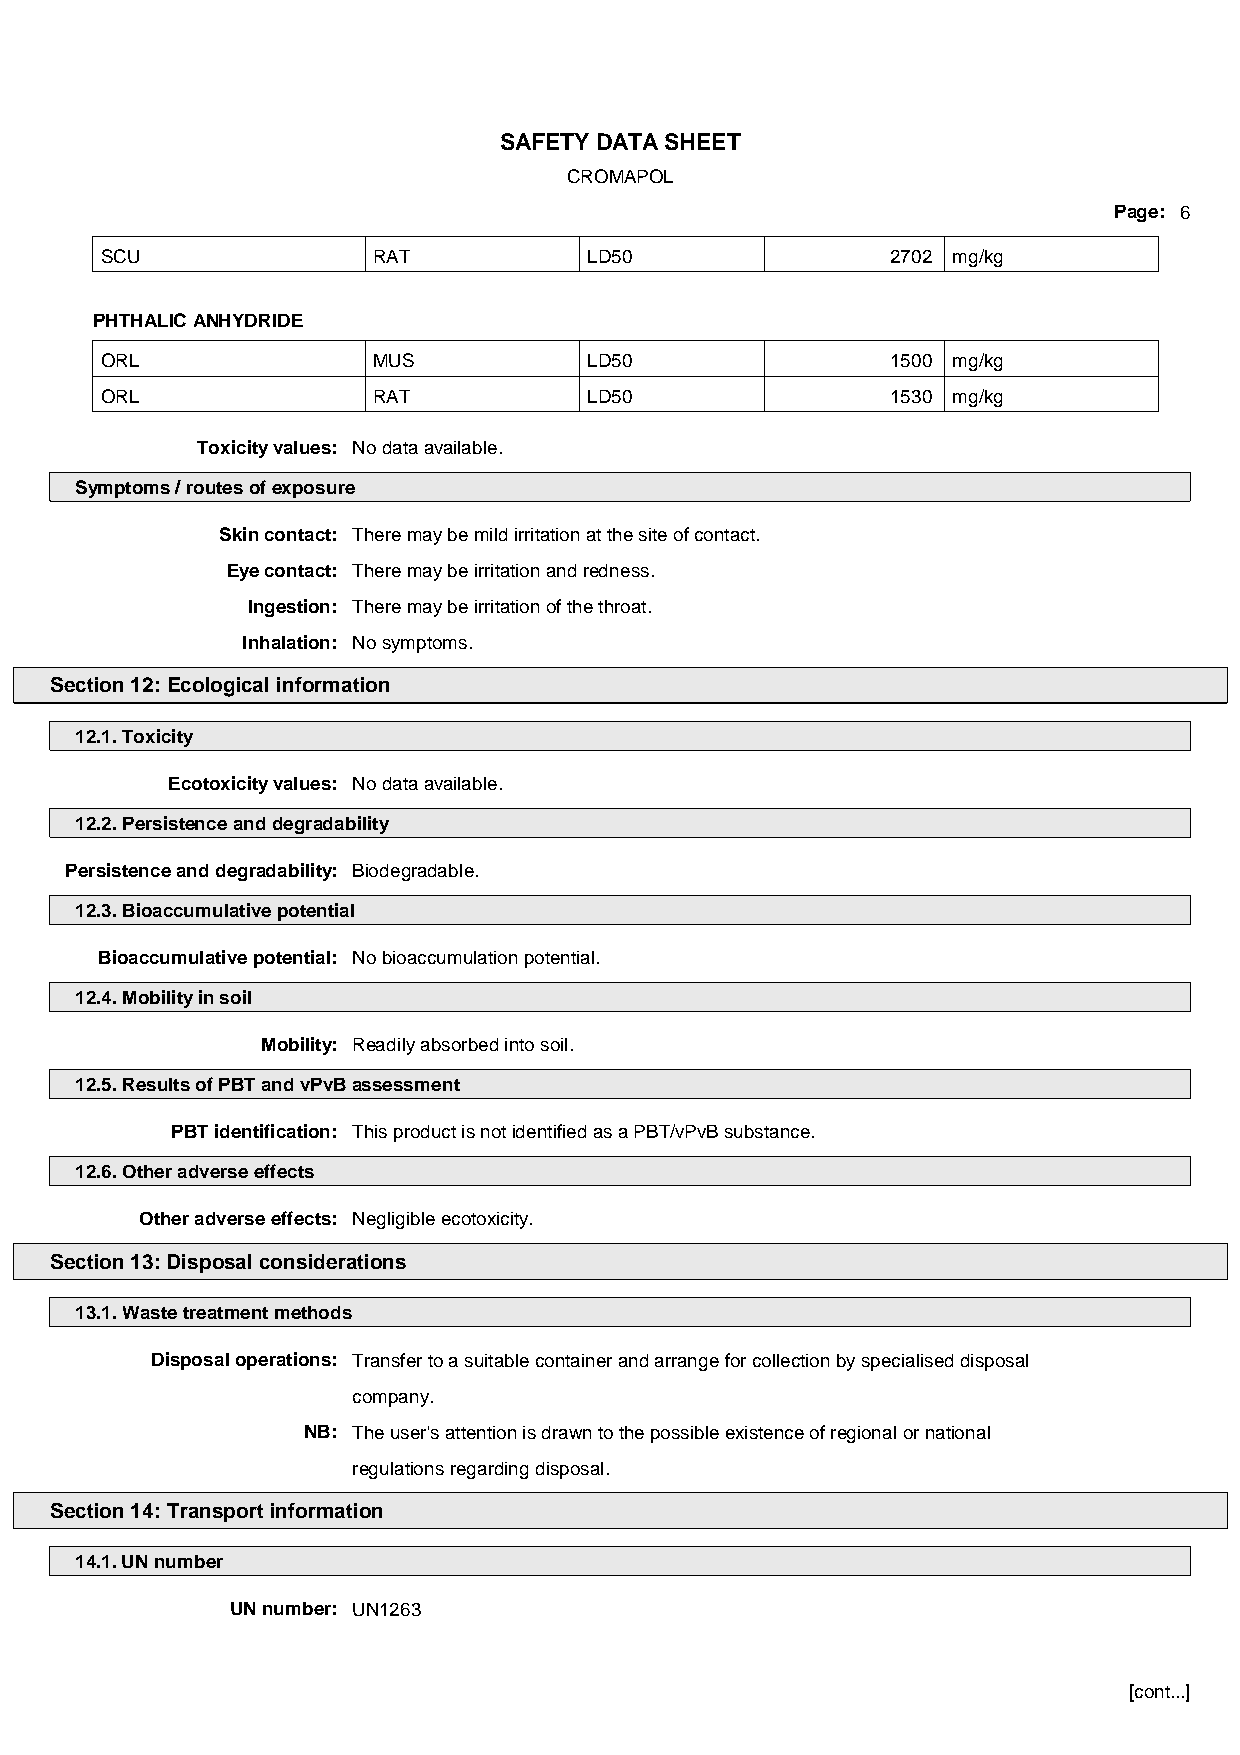
SAFETY DATA SHEET
 CROMAPOL
 Page: 6
 SCU               RAT           LD50                2702 mg/kg
 PHTHALIC ANHYDRIDE
 ORL               MUS           LD50                1500 mg/kg
 ORL               RAT           LD50                1530 mg/kg
 Toxicity values: No data available.
 Symptoms / routes of exposure
 Skin contact: There may be mild irritation at the site of contact.
 Eye contact: There may be irritation and redness.
 Ingestion: There may be irritation of the throat.
 Inhalation: No symptoms.
 Section 12: Ecological information
 12.1. Toxicity
 Ecotoxicity values: No data available.
 12.2. Persistence and degradability
 Persistence and degradability: Biodegradable.
 12.3. Bioaccumulative potential
 Bioaccumulative potential: No bioaccumulation potential.
 12.4. Mobility in soil
 Mobility: Readily absorbed into soil.
 12.5. Results of PBT and vPvB assessment
 PBT identification: This product is not identified as a PBT/vPvB substance.
 12.6. Other adverse effects
 Other adverse effects: Negligible ecotoxicity.
 Section 13: Disposal considerations
 13.1. Waste treatment methods
 Disposal operations: Transfer to a suitable container and arrange for collection by specialised disposal
 company.
 NB: The user's attention is drawn to the possible existence of regional or national
 regulations regarding disposal.
 Section 14: Transport information
 14.1. UN number
 UN number: UN1263
 [cont...]